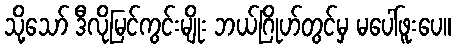
သို့သော် ဒီလိုမြင်ကွင်းမျိုး ဘယ်ဂြိုဟ်တွင်မှ မပေါ်ဖူးပေ။